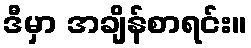
ဒီမှာ အချိန်စာရင်း။